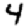
Digit: 4